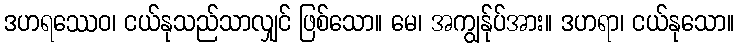
ဒဟရဿေဝ၊ ငယ်နုသည်သာလျှင် ဖြစ်သော။ မေ၊ အကျွန်ုပ်အား။ ဒဟရာ၊ ငယ်နုသော။